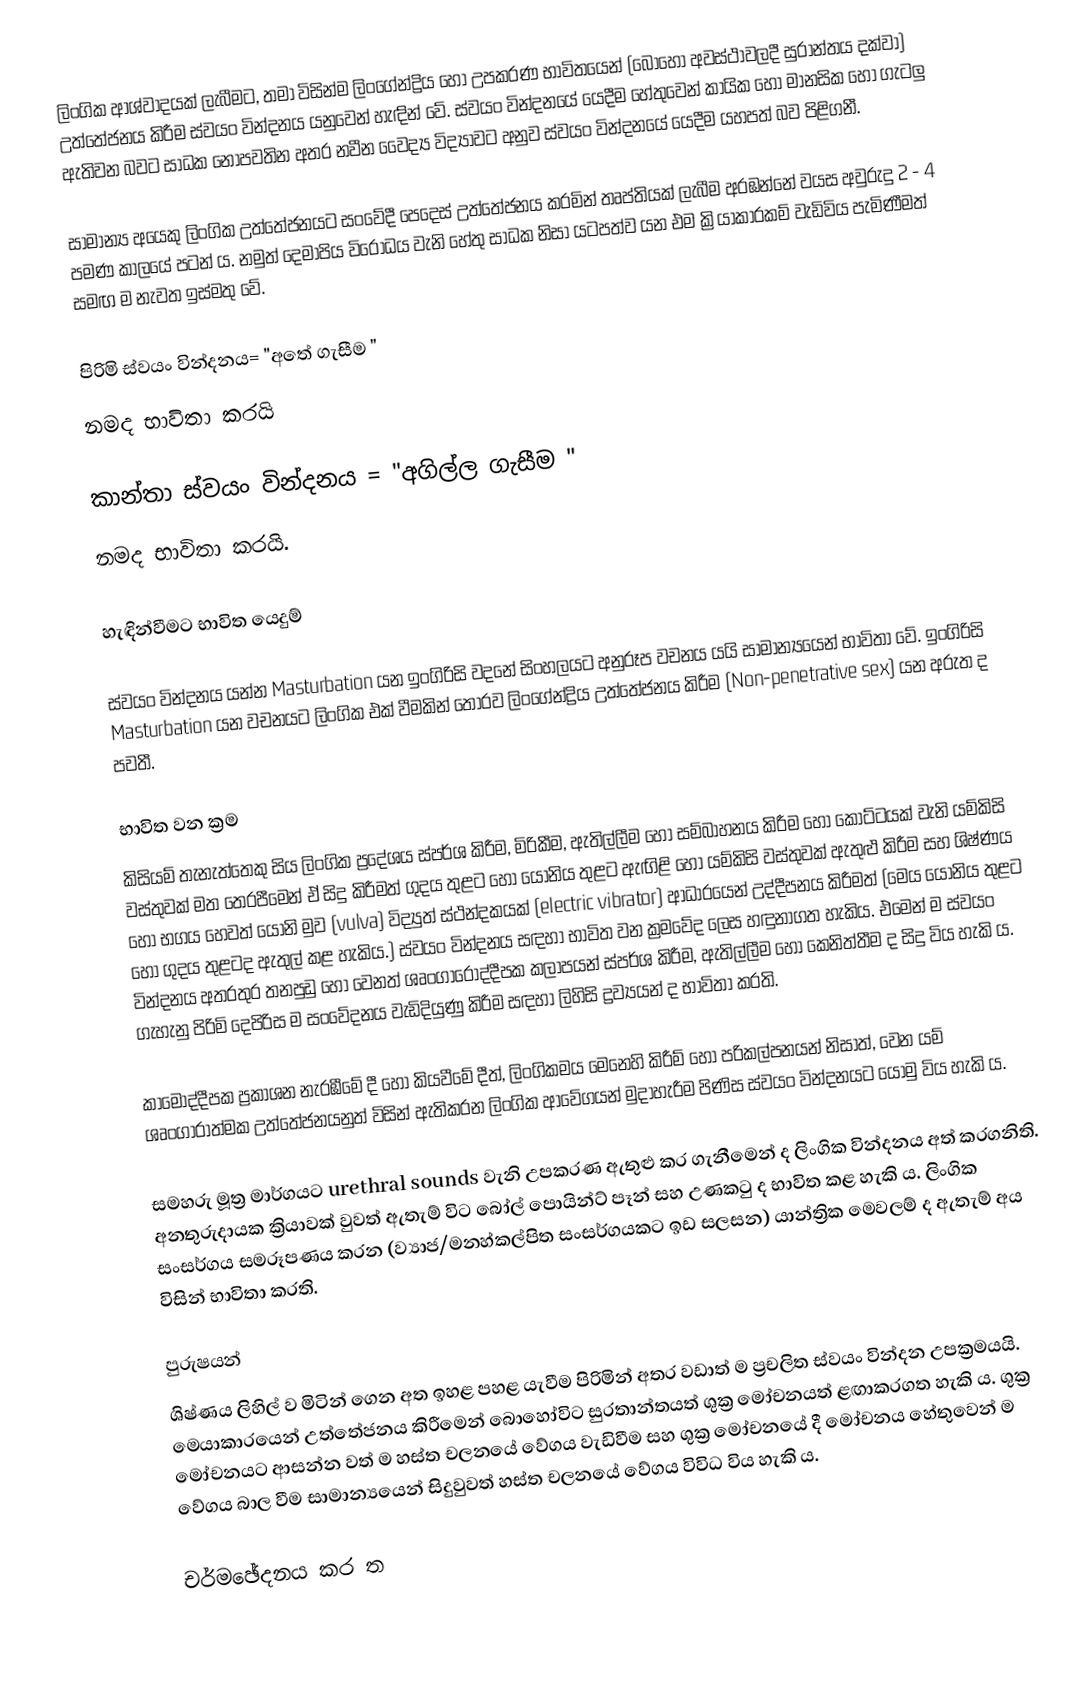
ලිංගික ආශ්වාදයක් ලැබීමට, තමා විසින්ම ලිංගේන්ද්‍රිය හෝ උපකරණ භාවිතයෙන් (බොහෝ අවස්ථාවලදී සුරාන්තය දක්වා) උත්තේජනය කිරීම ස්වයං වින්දනය යනුවෙන් හැඳින් වේ. ස්වයං වින්දනයේ යෙදීම හේතුවෙන් කායික හෝ මානසික හෝ ගැටලු ඇතිවන බවට සාධක නොපවතින අතර නවීන වෛද්‍ය විද්‍යාවට අනුව ස්වයං වින්දනයේ යෙදීම යහපත් බව පිළිගනී.

සාමාන්‍ය අයෙකු ලිංගික උත්තේජනයට සංවේදී පෙදෙස් උත්තේජනය කරමින් තෘප්තියක් ලැබීම අරඹන්නේ වයස අවුරුදු 2 - 4 පමණ කාලයේ පටන් ය​. නමුත් දෙමාපිය විරෝධය වැනි හේතු සාධක නිසා යටපත්ව යන එම ක්‍රියාකාරකම් වැඩිවිය පැමිණීමත් සමඟ ම නැවත ඉස්මතු වේ.

පිරිමි ස්වයං වින්දනය= "අතේ ගැසීම "
නමද භාවිතා කරයි

කාන්තා ස්වයං වින්දනය = "අගිල්ල ගැසීම "
නමද භාවිතා කරයි.

හැඳින්වීමට භාවිත යෙදුම්

ස්වයං වින්දනය යන්න Masturbation යන ඉංගිරිසි වදනේ සිංහලයට අනුරූප වචනය යයි සාමාන්‍යයෙන් භාවිතා වේ. ඉංගිරිසි Masturbation යන වචනයට ලිංගික එක් වීමකින් තොරව ලිංගේන්ද්‍රිය උත්තේජනය කිරීම (Non-penetrative sex) යන අරුත ද පවතී.

භාවිත වන ක්‍රම
කිසියම් තැනැත්තෙකු සිය ලිංගික ප්‍රදේශය ස්පර්ශ කිරීම, මිරිකීම, ඇතිල්ලීම හෝ සම්බාහනය කිරීම හෝ කොට්ටයක් වැනි යම්කිසි වස්තුවක් මත තෙරපීමෙන් ඒ සිදු කිරීමත් ගුදය තුළට හෝ යෝනිය තුළට ඇඟිළි හෝ යම්කිසි වස්තුවක් ඇතුළු කිරීම සහ ශිෂ්ණය හෝ භගය හෙවත් යෝනි මුව (vulva) විද්‍යුත් ස්ථන්දකයක් (electric vibrator) ආධාරයෙන් උද්දීපනය කිරීමත් (මෙය යෝනිය තුළට හෝ ගුදය තුළටද ඇතුල් කළ හැකිය.) ස්වයං වින්දනය සඳහා භාවිත වන ක්‍රමවේද ලෙස හඳුනාගත හැකිය. එමෙන් ම ස්වයං වින්දනය අතරතුර තනපුඩු හෝ වෙනත් ශෘංගාරෝද්දීපක කලාපයන් ස්පර්ශ කිරීම, ඇතිල්ලීම හෝ කෙනිත්තීම ද සිදු විය හැකි ය. ගැහැනු පිරිමි දෙපිරිස ම සංවේදනය වැඩිදියුණු කිරීම සඳහා ලිහිසි ද්‍රව්‍යයන් ද භාවිතා කරති.

කාමෝද්දීපක ප්‍රකාශන නැරඹීමේ දී හෝ කියවීමේ දීත්, ලිංගිකමය මෙනෙහි කිරීම් හෝ පරිකල්පනයන් නිසාත්, වෙන යම් ශෘංගාරාත්මක උත්තේජනයනුත් විසින් ඇතිකරන ලිංගික ආවේගයන් මුදාහැරීම පිණිස ස්වයං වින්දනයට යොමු විය හැකි ය.

සමහරු මූත්‍ර මාර්ගයට urethral sounds වැනි උපකරණ ඇතුළු කර ගැනීමෙන් ද ලිංගික වින්දනය අත් කරගනිති. අනතුරුදායක ක්‍රියාවක් වුවත් ඇතැම් විට බෝල් පොයින්ට් පෑන් සහ උණකටු ද භාවිත කළ හැකි ය. ලිංගික සංසර්ගය සමරූපණය කරන (ව්‍යාජ/මනහ්කල්පිත සංසර්ගයකට ඉඩ සලසන) යාන්ත්‍රික මෙවලම් ද ඇතැම් අය විසින් භාවිතා කරති.

පුරුෂයන්
ශිෂ්ණය ලිහිල් ව මිටින් ගෙන අත ඉහළ පහළ යැවීම පිරිමින් අතර වඩාත් ම ප්‍රචලිත ස්වයං වින්දන උපක්‍රමයයි. මෙයාකාරයෙන් උත්තේජනය කිරීමෙන් බොහෝවිට සුරතාන්තයත් ශුක්‍ර මෝචනයත් ළඟාකරගත හැකි ය. ශුක්‍ර මෝචනයට ආසන්න වත් ම හස්ත චලනයේ වේගය වැඩිවීම සහ ශුක්‍ර මෝචනයේ දී මෝචනය හේතුවෙන් ම වේගය බාල වීම සාමාන්‍යයෙන් සිදුවුවත් හස්ත චලනයේ වේගය විවිධ විය හැකි ය.

චර්මඡේදනය කර ත